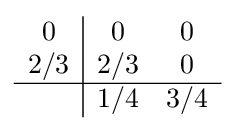
{\begin{array}{c|cc}0&0&0\\2/3&2/3&0\\\hline &1/4&3/4\\\end{array}}